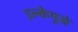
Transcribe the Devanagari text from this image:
उल्केमुळे